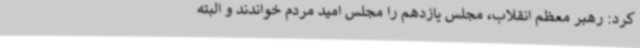
کرد: رهبر معظم انقلاب، مجلس یازدهم را مجلس امید مردم خواندند و البته